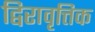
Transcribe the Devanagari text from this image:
द्विरावृत्तिक